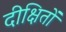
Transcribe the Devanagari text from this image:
दीक्षितों